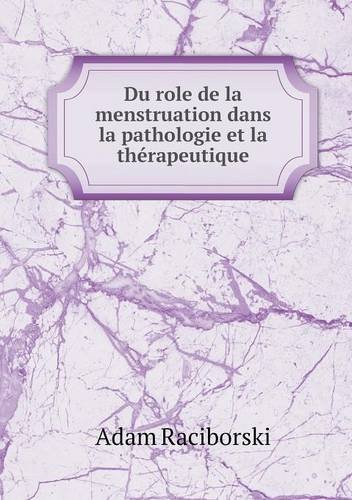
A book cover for Du role de la menstruation dans la pathologie et la thÃ©rapeutique (French Edition); Adam Raciborski; Health, Fitness & Dieting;